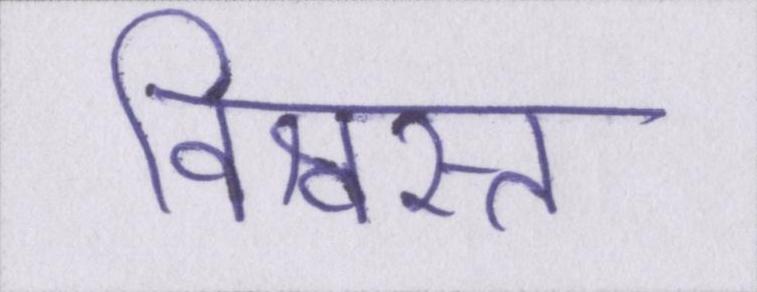
विश्वस्त